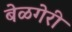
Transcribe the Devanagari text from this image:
बेळगेरी